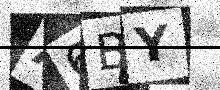
Text: A6BY